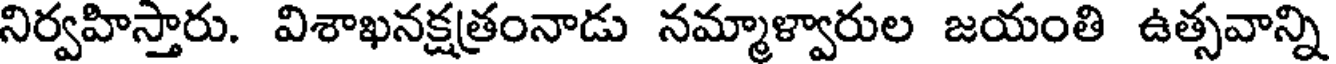
నిర్వహిస్తారు. విశాఖనక్షత్రంనాడు నమ్మాళ్వారుల జయంతి ఉత్సవాన్ని